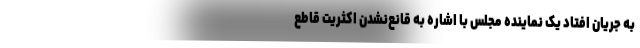
به جریان افتاد یک نماینده مجلس با اشاره به قانع‌نشدن اکثریت قاطع